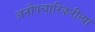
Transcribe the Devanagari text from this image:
अनौपचारिकरीत्या